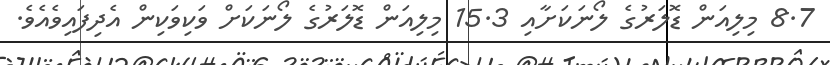
8.7 މިލިއަން ޑޮލަރުގެ ލޯނަކަށާއި 15.3 މިލިއަން ޑޮލަރުގެ ލޯނަކަށް ވަކިވަކިން އެދިފައިވެއެވެ.